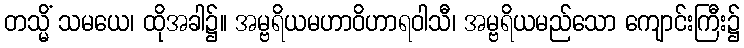
တသ္မိံ သမယေ၊ ထိုအခါ၌။ အမ္ဗရိယမဟာဝိဟာရဝါသီ၊ အမ္ဗရိယမည်သော ကျောင်းကြီး၌